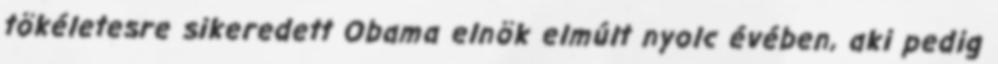
tökéletesre sikeredett Obama elnök elmúlt nyolc évében, aki pedig